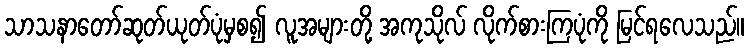
သာသနာတော်ဆုတ်ယုတ်ပုံမှစ၍ လူအများတို့ အကုသိုလ် လိုက်စားကြပုံကို မြင်ရလေသည်။